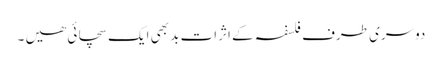
دوسری طرف فلسفہ کے اثرات بد بھی ایک سچائی ھیں ۔